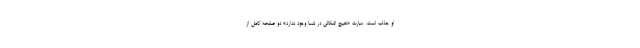
او جذاب است. عبارت «هیچ اشکالی در شما وجود ندارد» دو صفحهٔ کامل از